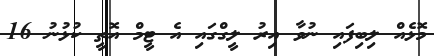
މޮޅެއް ލިބިފައި ނުވާ އިރު ލީގްގައި އެ ޓީމް އޮތީ ކުޅުނު 16